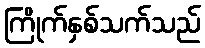
ကြိုက်နှစ်သက်သည်